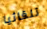
تلقائيا